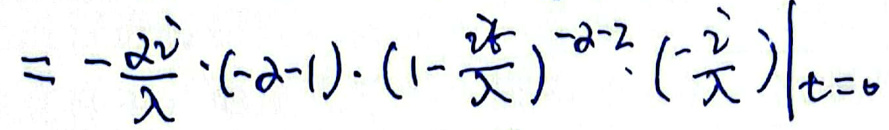
\[
= -\left.\frac{\alpha\lambda}{\lambda}\cdot(-\alpha - 1)\cdot\left(1 - \frac{\lambda t}{\lambda}\right)^{-\alpha - 2}\cdot\left(-\frac{\lambda}{\lambda}\right)\right|_{t = 0}
\]